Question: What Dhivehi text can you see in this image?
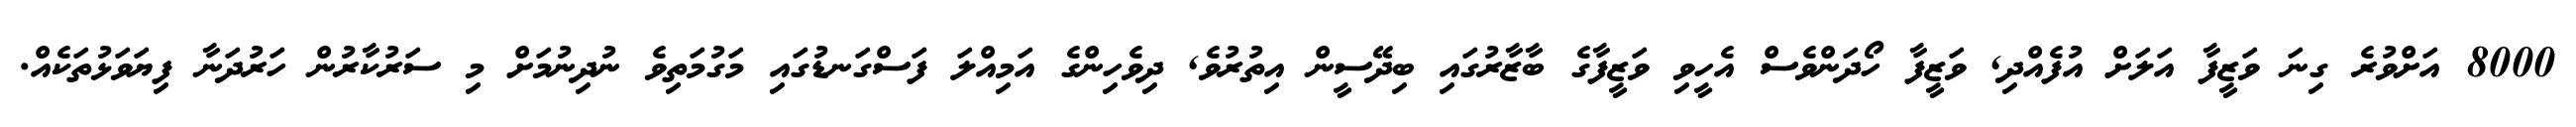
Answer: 8000 އަށްވުރެ ގިނަ ވަޒީފާ އަލަށް އުފެއްދި, ވަޒީފާ ހޯދަންވެސް އެހީވި ވަޒީފާގެ ބާޒާރުގައި ބިދޭސީން އިތުރުވެ, ދިވެހިންގެ އަމިއްލަ ފަސްގަނޑުގައި މަގުމަތިވެ ނުދިނުމަށް މި ސަރުކާރުން ހަރުދަނާ ފިޔަވަޅުތަކެއް.